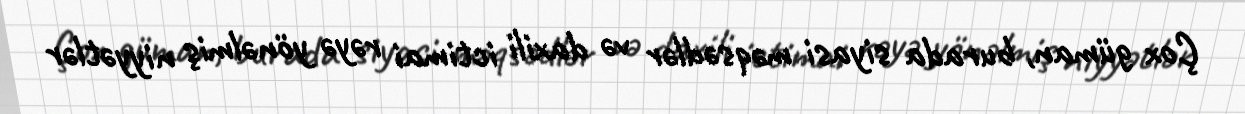
Çox güman, burada siyasi məqsədlər və daxili ictimai rəyə yönəlmiş niyyətlər